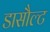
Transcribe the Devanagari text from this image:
डासौल्ट